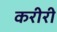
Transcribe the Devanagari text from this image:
करीरी